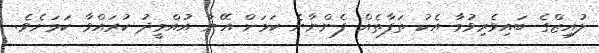
ލުއިޒްގެ ބައިވެރިވުމާ އެކު ތަފާތެއް ފެންނާނެ ކަމަށް އޭނާ އުއްމީދު ކުރައްވާ ކަމަށެވެ.